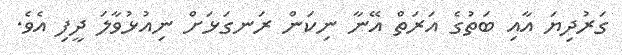
ގަރުދިޔަ އާއި ބަތުގެ އަރަތް އޭނާ ނިކަން ރަނގަޅަށް ނިއުޅުވާލަ ދީފި އެވެ.